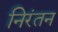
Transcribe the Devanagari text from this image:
निरंतन